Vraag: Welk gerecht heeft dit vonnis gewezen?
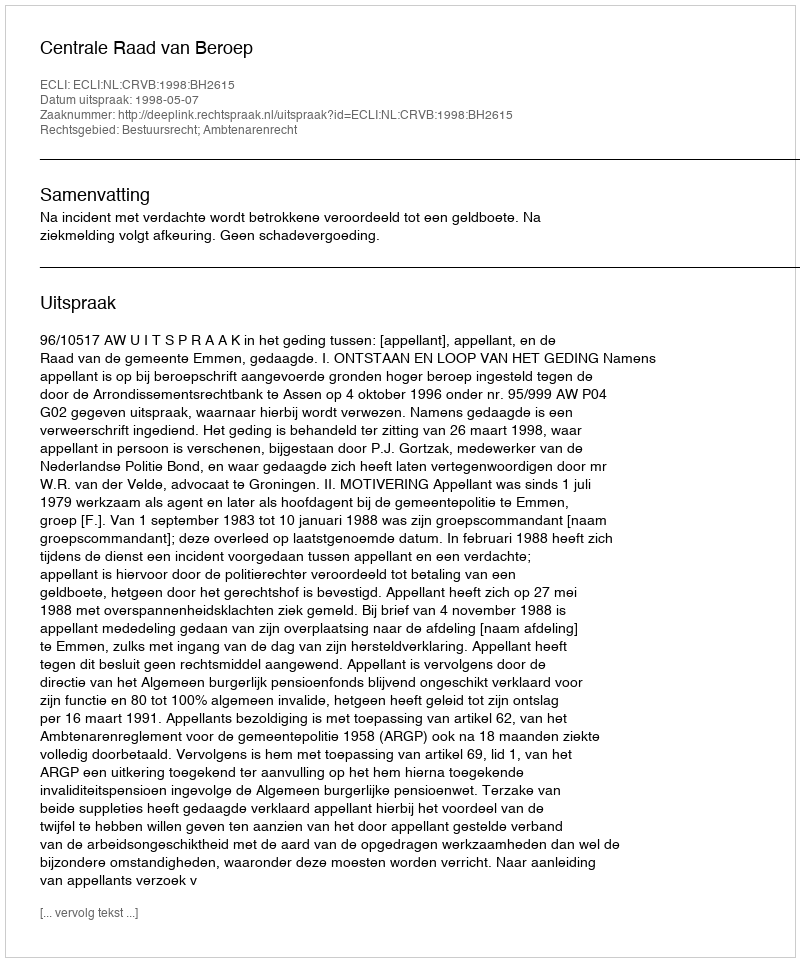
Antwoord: Centrale Raad van Beroep